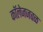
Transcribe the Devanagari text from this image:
कॉलेजजवळ